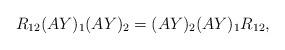
LaTeX: \begin{align*}R_{12} (A Y)_1 (A Y)_2 = (A Y)_2 (A Y)_1 R_{12},\end{align*}